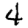
Digit: 4